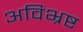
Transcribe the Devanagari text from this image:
अविभ्रष्ट